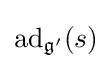
\operatorname {ad} _{{\mathfrak {g}}'}(s)